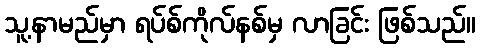
သူ့နာမည်မှာ ရပ်စ်ကိုလ်နစ်မှ လာခြင်း ဖြစ်သည်။